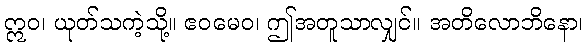
ဣဝ၊ ယုတ်သကဲ့သို့။ ဧဝမေဝ၊ ဤအတူသာလျှင်။ အတိလောဘိနော၊